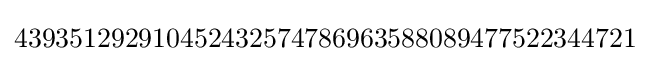
439351292910452432574786963588089477522344721